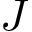
J